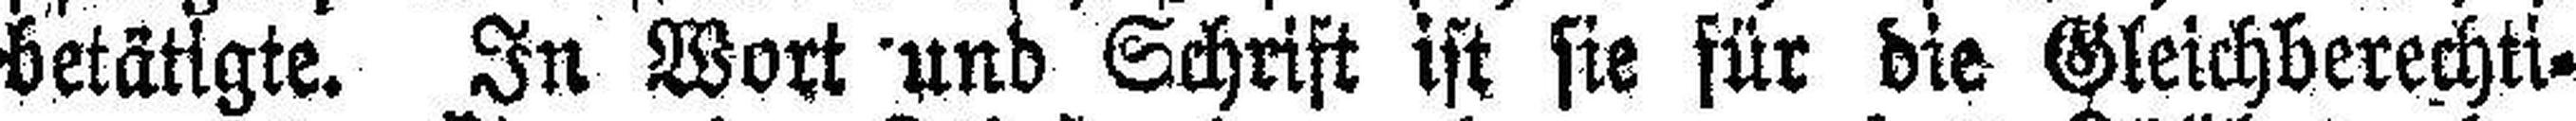
betätigte. In Wort und Schrift ist sie für die Gleichberechti¬